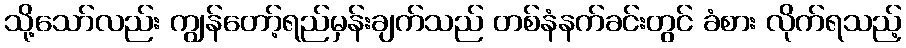
သို့သော်လည်း ကျွန်တော့်ရည်မှန်းချက်သည် တစ်နံနက်ခင်းတွင် ခံစား လိုက်ရသည့်